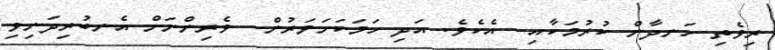
ރިވެތި ހަނދާން ކުރުމަކާއި  އެކެވެ. އަދި ހަމަކަށަވަރުން  ވެރިންނަށް އެނބުރިދަނިވި